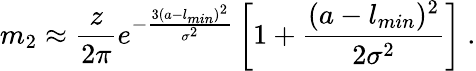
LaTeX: m_{2}\approx\frac{z}{2\pi}e^{-\frac{3(a-l_{min})^{2}}{\sigma^{2}}}\left[1+\frac{(a-l_{min})^{2}}{2\sigma^{2}}\right]\ .